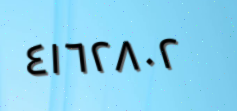
٤١٦٢٨٠٢